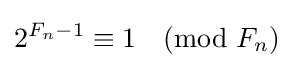
2^{F_{n}-1}\equiv 1{\pmod {F_{n}}}